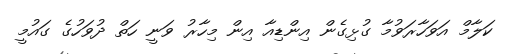
ކަލާމް އަވަހާރަވުމާ ގުޅިގެން އިންޑިއާ އިން މިހާރު ވަނީ ހަތް ދުވަހުގެ ގައުމީ